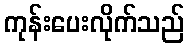
ကုန်းပေးလိုက်သည်